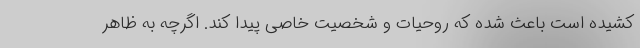
کشیده است باعث شده که روحیات و شخصیت خاصی پیدا کند. اگرچه به ظاهر